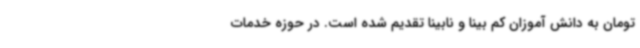
تومان به دانش آموزان کم بینا و نابینا تقدیم شده است. در حوزه خدمات